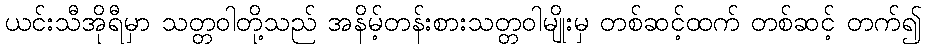
ယင်းသီအိုရီမှာ သတ္တဝါတို့သည် အနိမ့်တန်းစားသတ္တဝါမျိုးမှ တစ်ဆင့်ထက် တစ်ဆင့် တက်၍